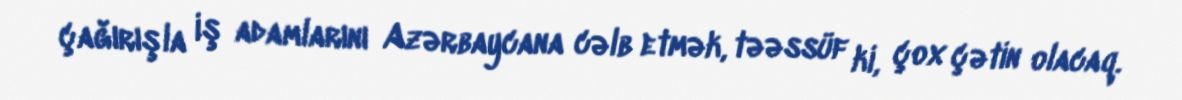
çağırışla iş adamlarını Azərbaycana cəlb etmək, təəssüf ki, çox çətin olacaq.